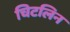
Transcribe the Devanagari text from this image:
चिटलिन